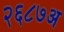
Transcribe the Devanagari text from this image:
२६८७अ